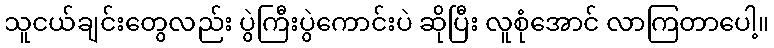
သူငယ်ချင်းတွေလည်း ပွဲကြီးပွဲကောင်းပဲ ဆိုပြီး လူစုံအောင် လာကြတာပေါ့။